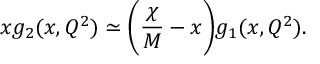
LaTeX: x g _ { 2 } ( x , Q ^ { 2 } ) \simeq \Bigg ( { \frac { \chi } { M } } - x \Bigg ) g _ { 1 } ( x , Q ^ { 2 } ) .